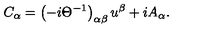
C _ { \alpha } = \left( - i \Theta ^ { - 1 } \right) _ { \alpha \beta } u ^ { \beta } + i A _ { \alpha } .